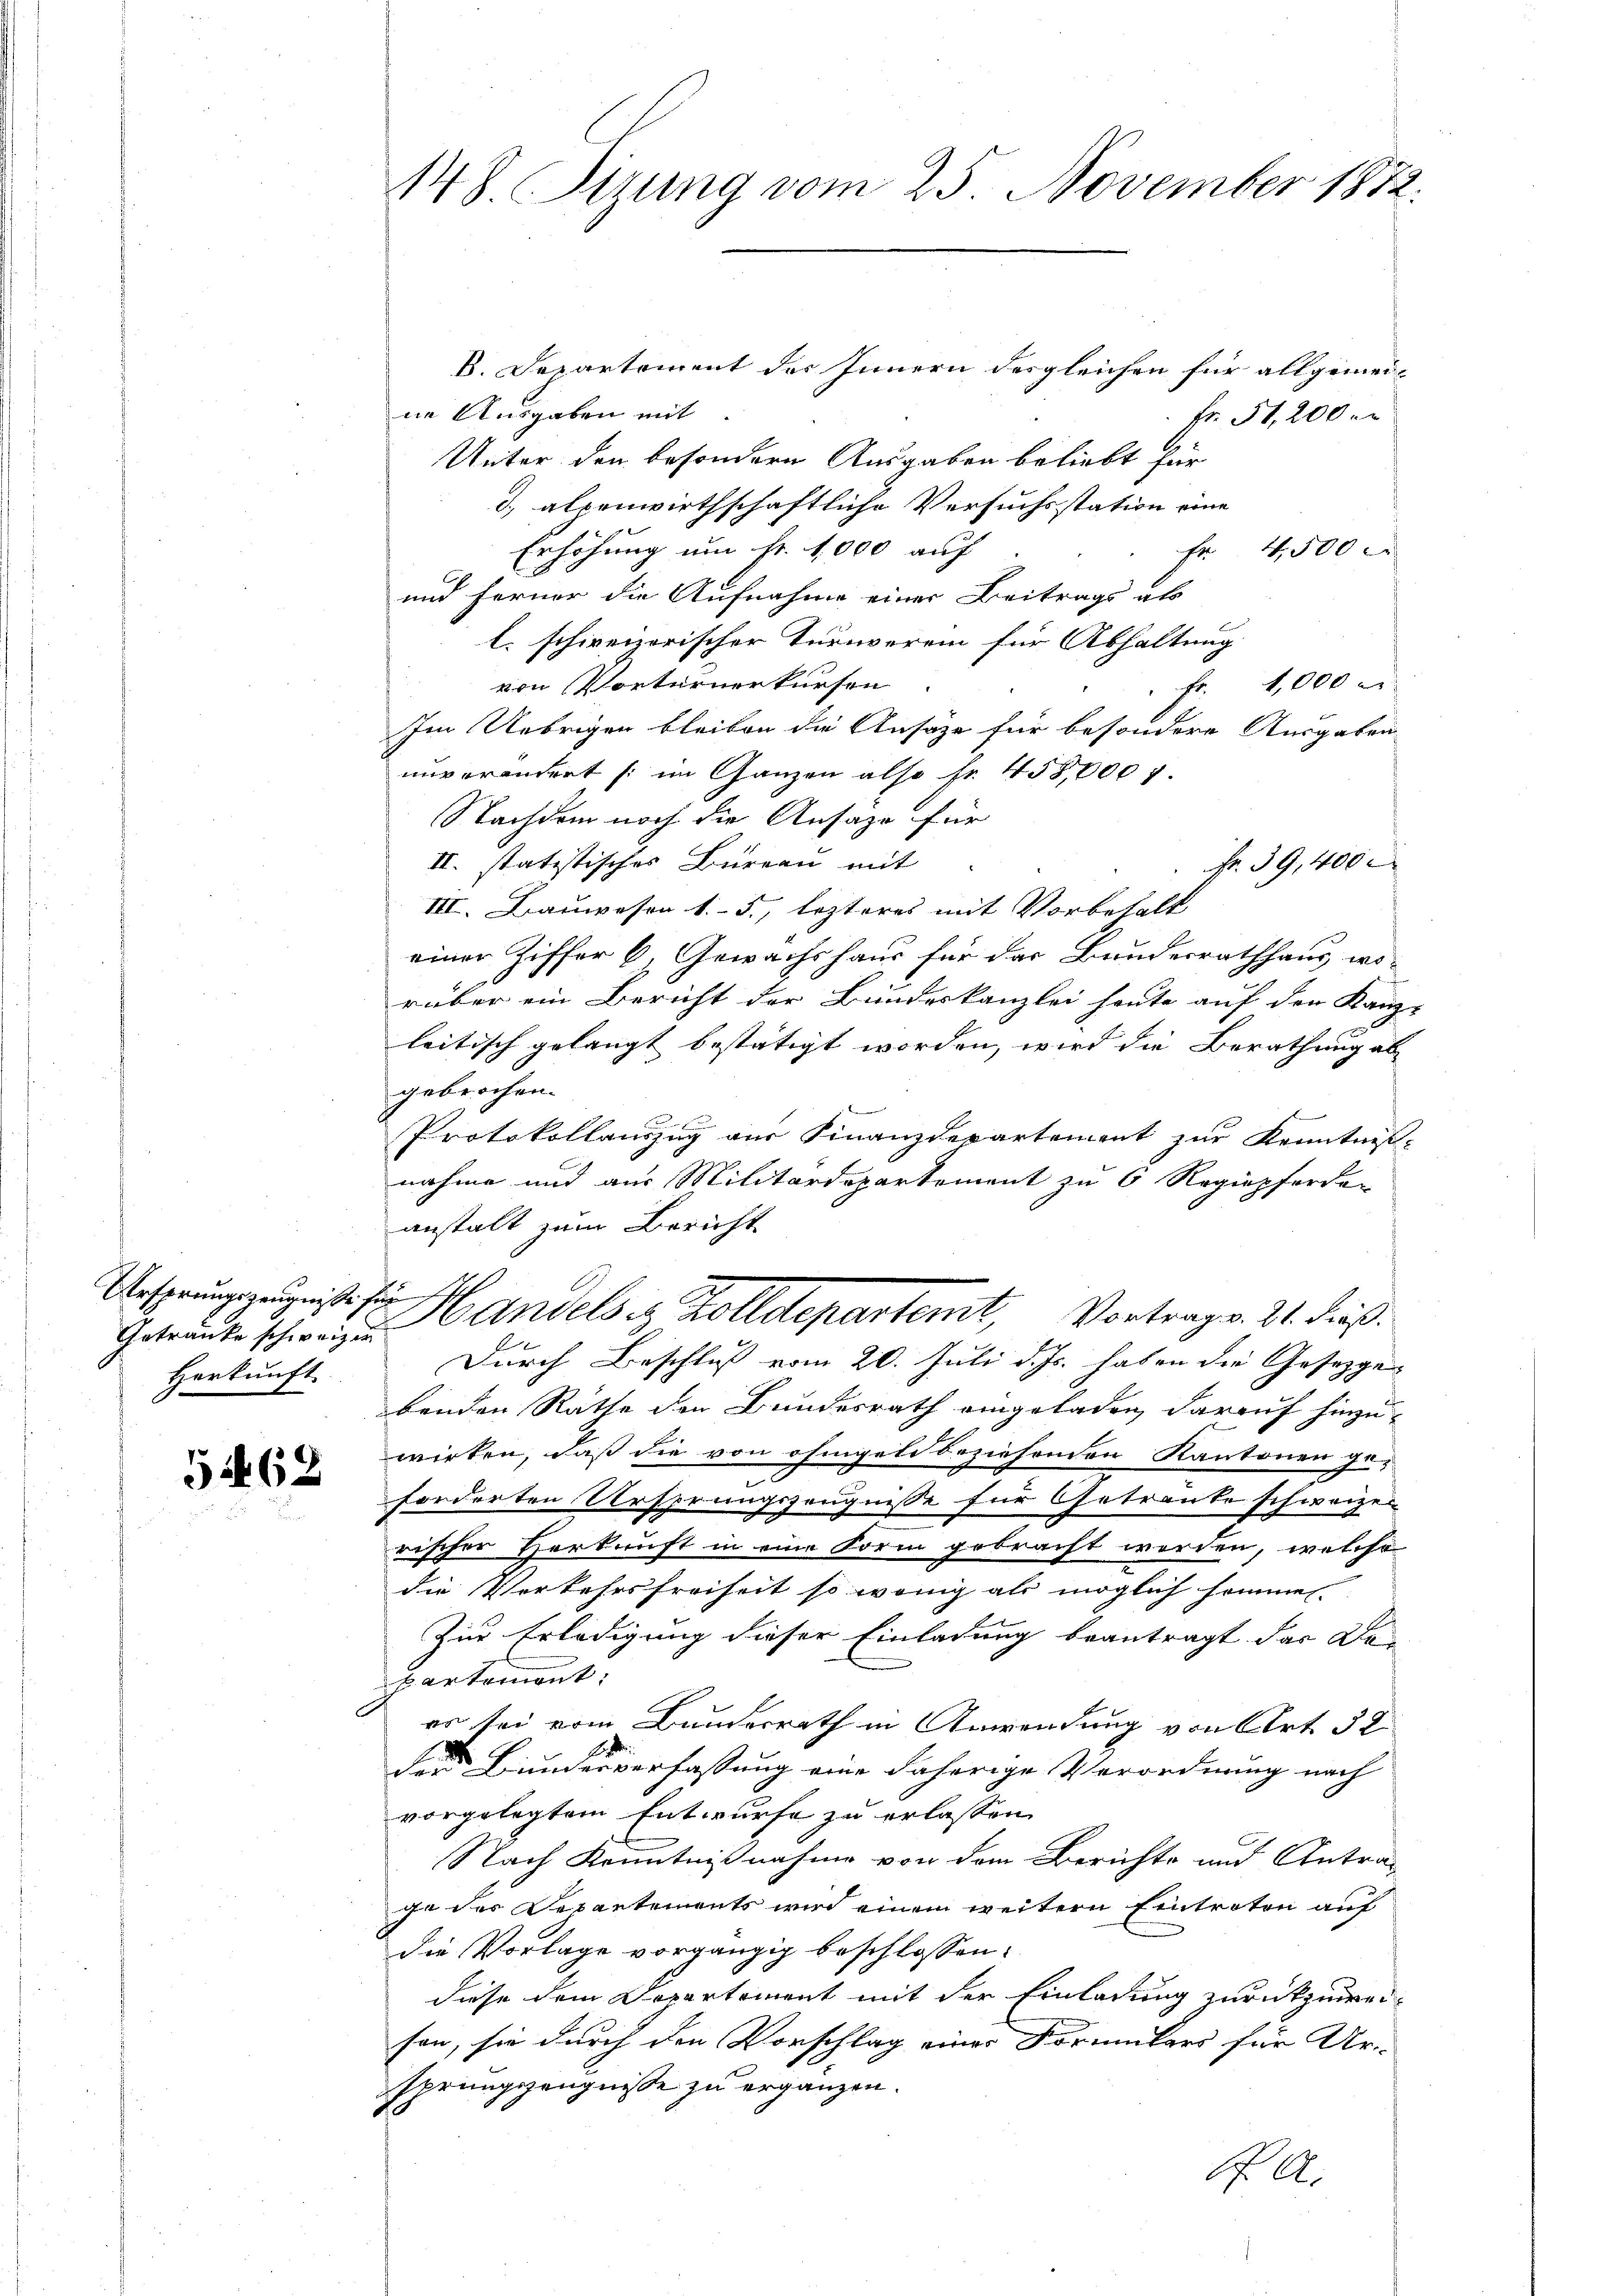
Ursprungszeugnisse für
Herkunft.

5262

B. Departement des Innern desgleichen für allgemeine Ausgaben mit
fr. 51,200 m
Unter den besondern Ausgaben beliebt für
d, allenwirthschaftliche Versuchsstation eine
Erhöhung um fr. 1000 auf
Fr. 4500 er
und Ferner die Aufnahme einer Beitrags als
l. schweizerischer Turnverein für Abhaltung
von Vorterner kürfen
" Fr. 4,000
Im Uebrigen bleiben die Ansäze für besondere Ausgaben
unverändert (im Ganzen also fr. 458,000 f.
Nachdem noch die Ansage für
II. statistisches Bureau mit
Nr. 39,400 x
III. Bauwesen 15., lezteres mit Vorbehalt
einer Ziffer 6. Gewächshaus für das Bundesrathhaus, wo-
rüber ein Bericht der Bundeskanzlei heute auf den Kanz-
leitisch gelangt bestätigt worden, wird die Berathung ab
gebrochen.
Protokollauszug aus Finanzdepartement zur Kenntnis-
nahme und aus Militärdepartement zu 6 Regiepforder
anstalt zum Bericht
Getraut Schirr Handels in Zolldepartemt, Vortrag v. 21. dieß.
Durch Beschluß vom 20. Juli d. Js. haben die Gesetzgen
benden Rathe den Bundesrath eingeladen, darauf hinzuwirken, daß die von ohngeld beziehenden Kantonen ge-
forderten Ursprungszeugnisse für Getränke schweizer
rischer Herkunft in eine Form gebracht werden, welche
die Verkehrsfreiheit so wenig als möglich sommen
Zur Erledigung dieser Einladung beantragt das Do
partement:
er sei vom Bundesrath in Anwendung von Art. 32
der Bundesverfassung eine daherige Verordnung nach
vorgelegtem Entwurfe zu erlassen
Nach Kenntnißnahme von dem Berichte und Antrag
ga der Departements wird einem weitern Eintreten auf
die Vorlage vorgängig beschlossen:
diese dem Departement mit der Einladung zurückzuweison, sie durch den Vorschlag einer Formulars für Ur-
sprungszeugnisse zu ergänzen.
K. A.

148. Chirung vom 25. November 1872.